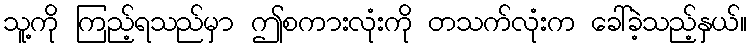
သူ့ကို ကြည့်ရသည်မှာ ဤစကားလုံးကို တသက်လုံးက ခေါ်ခဲ့သည့်နှယ်။